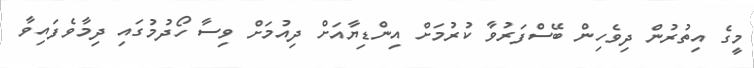
މީގެ އިތުރުން ދިވެހިން ބޭސްފަރުވާ ކުރުމަށް އިންޑިޔާއަށް ދިއުމަށް ވިސާ ހޯދުމުގައި ދިމާވެފައިވާ